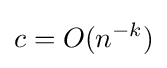
c=O(n^{-k})